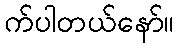
က်ပါတယ်နော်။